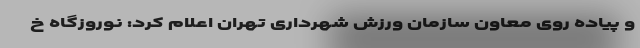
و پیاده روی معاون سازمان ورزش شهرداری تهران اعلام کرد: نوروزگاه خ